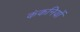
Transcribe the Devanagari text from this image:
कंकनियों